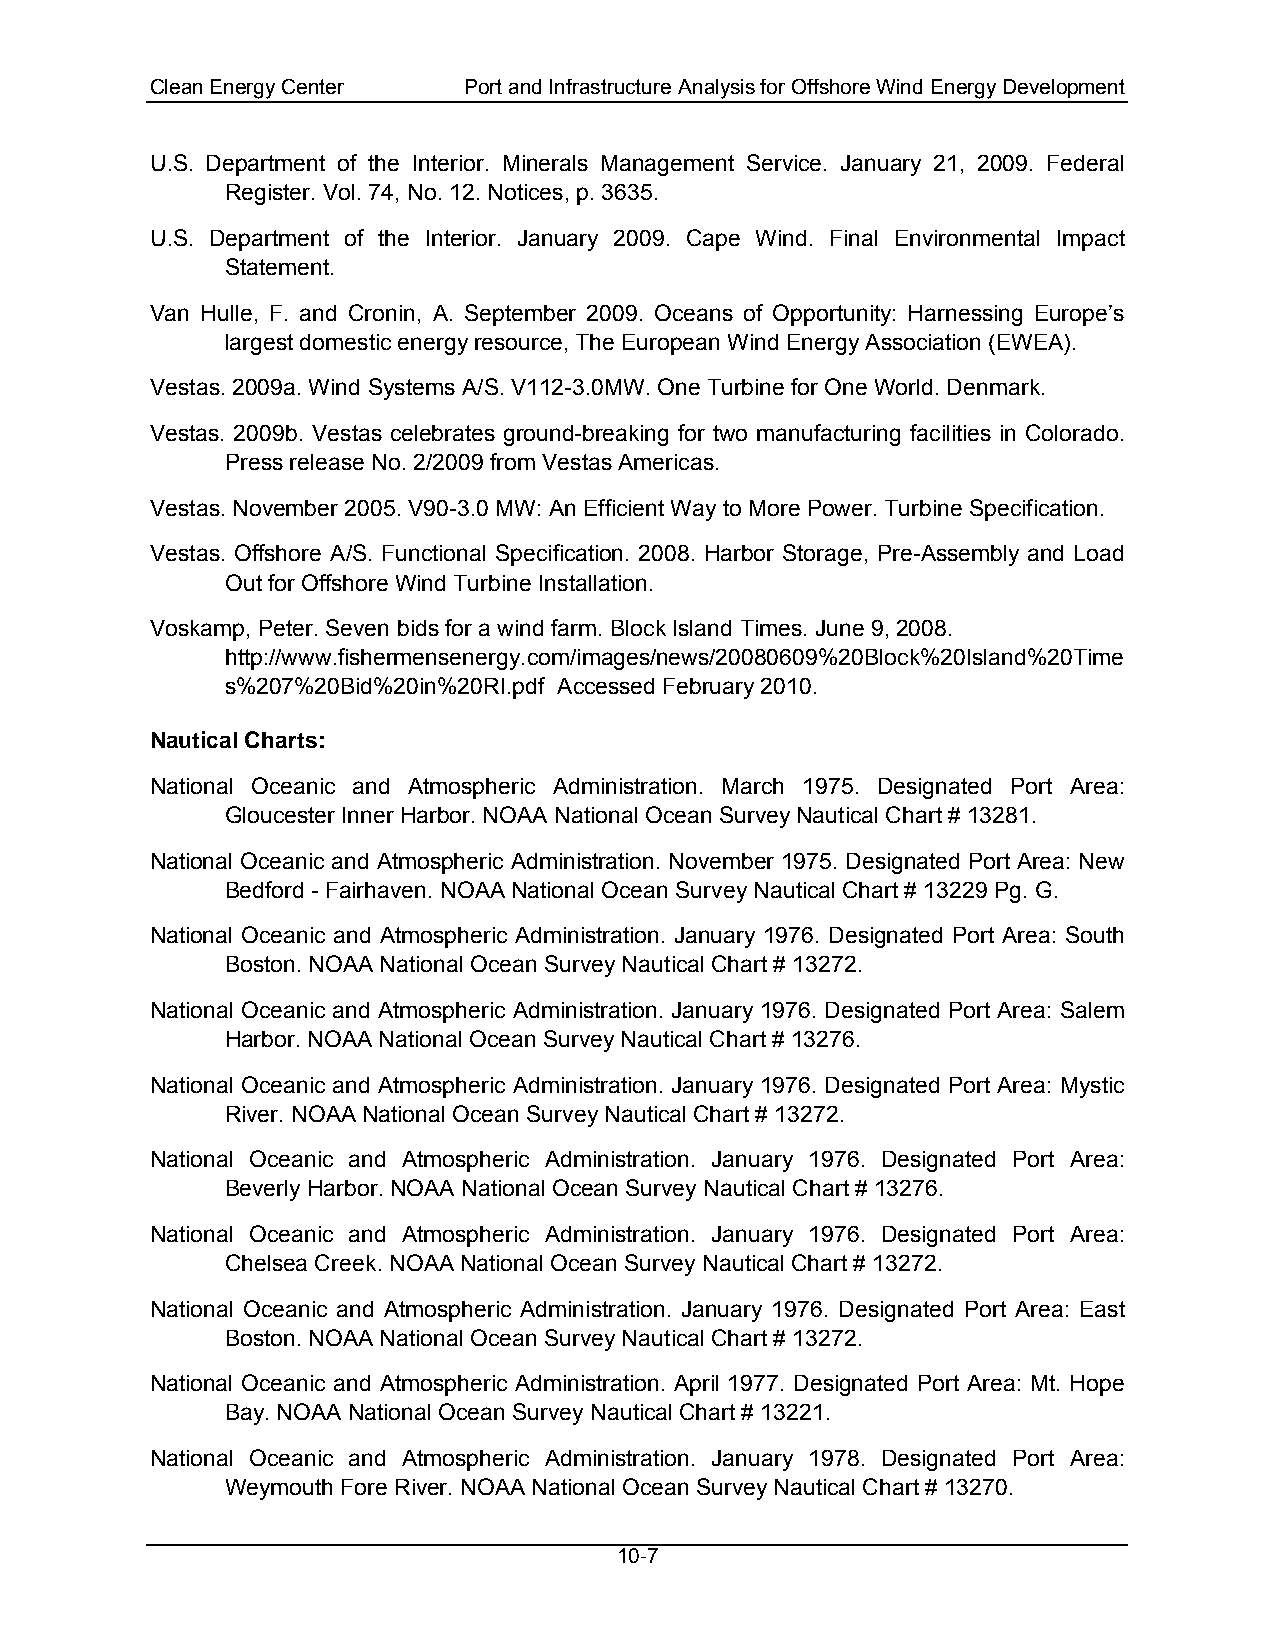
Clean Energy Center  Port and Infrastructure Analysis for Offshore Wind Energy Development
 U.S. Department of the Interior. Minerals Management Service. January 21, 2009. Federal
 Register. Vol. 74, No. 12. Notices, p. 3635.
 U.S. Department of the Interior. January 2009. Cape Wind. Final Environmental Impact
 Statement.
 Van Hulle, F. and Cronin, A. September 2009. Oceans of Opportunity: Harnessing Europe’s
 largest domestic energy resource, The European Wind Energy Association (EWEA).
 Vestas. 2009a. Wind Systems A/S. V112-3.0MW. One Turbine for One World. Denmark.
 Vestas. 2009b. Vestas celebrates ground-breaking for two manufacturing facilities in Colorado.
 Press release No. 2/2009 from Vestas Americas.
 Vestas. November 2005. V90-3.0 MW: An Efficient Way to More Power. Turbine Specification.
 Vestas. Offshore A/S. Functional Specification. 2008. Harbor Storage, Pre-Assembly and Load
 Out for Offshore Wind Turbine Installation.
 Voskamp, Peter. Seven bids for a wind farm. Block Island Times. June 9, 2008.
 http://www.fishermensenergy.com/images/news/20080609%20Block%20Island%20Time
 s%207%20Bid%20in%20RI.pdf Accessed February 2010.
 Nautical Charts:
 National Oceanic and Atmospheric Administration. March 1975. Designated Port Area:
 Gloucester Inner Harbor. NOAA National Ocean Survey Nautical Chart # 13281.
 National Oceanic and Atmospheric Administration. November 1975. Designated Port Area: New
 Bedford - Fairhaven. NOAA National Ocean Survey Nautical Chart # 13229 Pg. G.
 National Oceanic and Atmospheric Administration. January 1976. Designated Port Area: South
 Boston. NOAA National Ocean Survey Nautical Chart # 13272.
 National Oceanic and Atmospheric Administration. January 1976. Designated Port Area: Salem
 Harbor. NOAA National Ocean Survey Nautical Chart # 13276.
 National Oceanic and Atmospheric Administration. January 1976. Designated Port Area: Mystic
 River. NOAA National Ocean Survey Nautical Chart # 13272.
 National Oceanic and Atmospheric Administration. January 1976. Designated Port Area:
 Beverly Harbor. NOAA National Ocean Survey Nautical Chart # 13276.
 National Oceanic and Atmospheric Administration. January 1976. Designated Port Area:
 Chelsea Creek. NOAA National Ocean Survey Nautical Chart # 13272.
 National Oceanic and Atmospheric Administration. January 1976. Designated Port Area: East
 Boston. NOAA National Ocean Survey Nautical Chart # 13272.
 National Oceanic and Atmospheric Administration. April 1977. Designated Port Area: Mt. Hope
 Bay. NOAA National Ocean Survey Nautical Chart # 13221.
 National Oceanic and Atmospheric Administration. January 1978. Designated Port Area:
 Weymouth Fore River. NOAA National Ocean Survey Nautical Chart # 13270.
 10-7